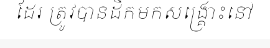
ដែរ ត្រូវបានដឹកមកសង្គ្រោះនៅ